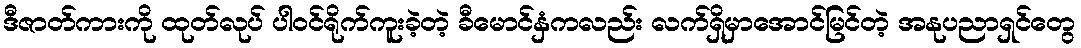
ဒီဇာတ်ကားကို ထုတ်လုပ် ပါဝင်ရိုက်ကူးခဲ့တဲ့ ခီမောင်နှံကလည်း လက်ရှိမှာအောင်မြင်တဲ့ အနုပညာရှင်တွေ